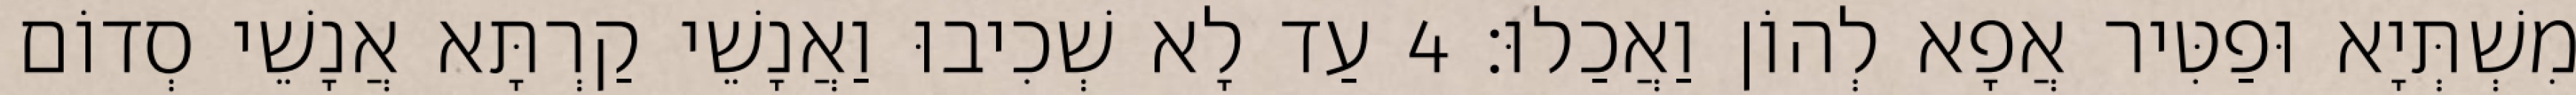
מִשְׁתְּיָא וּפַטִּיר אֲפָא לְהוֹן וַאֲכַלוּ׃ 4 עַד לָא שְׁכִיבוּ וַאֲנָשֵׁי קַרְתָּא אֲנָשֵׁי סְדוֹם